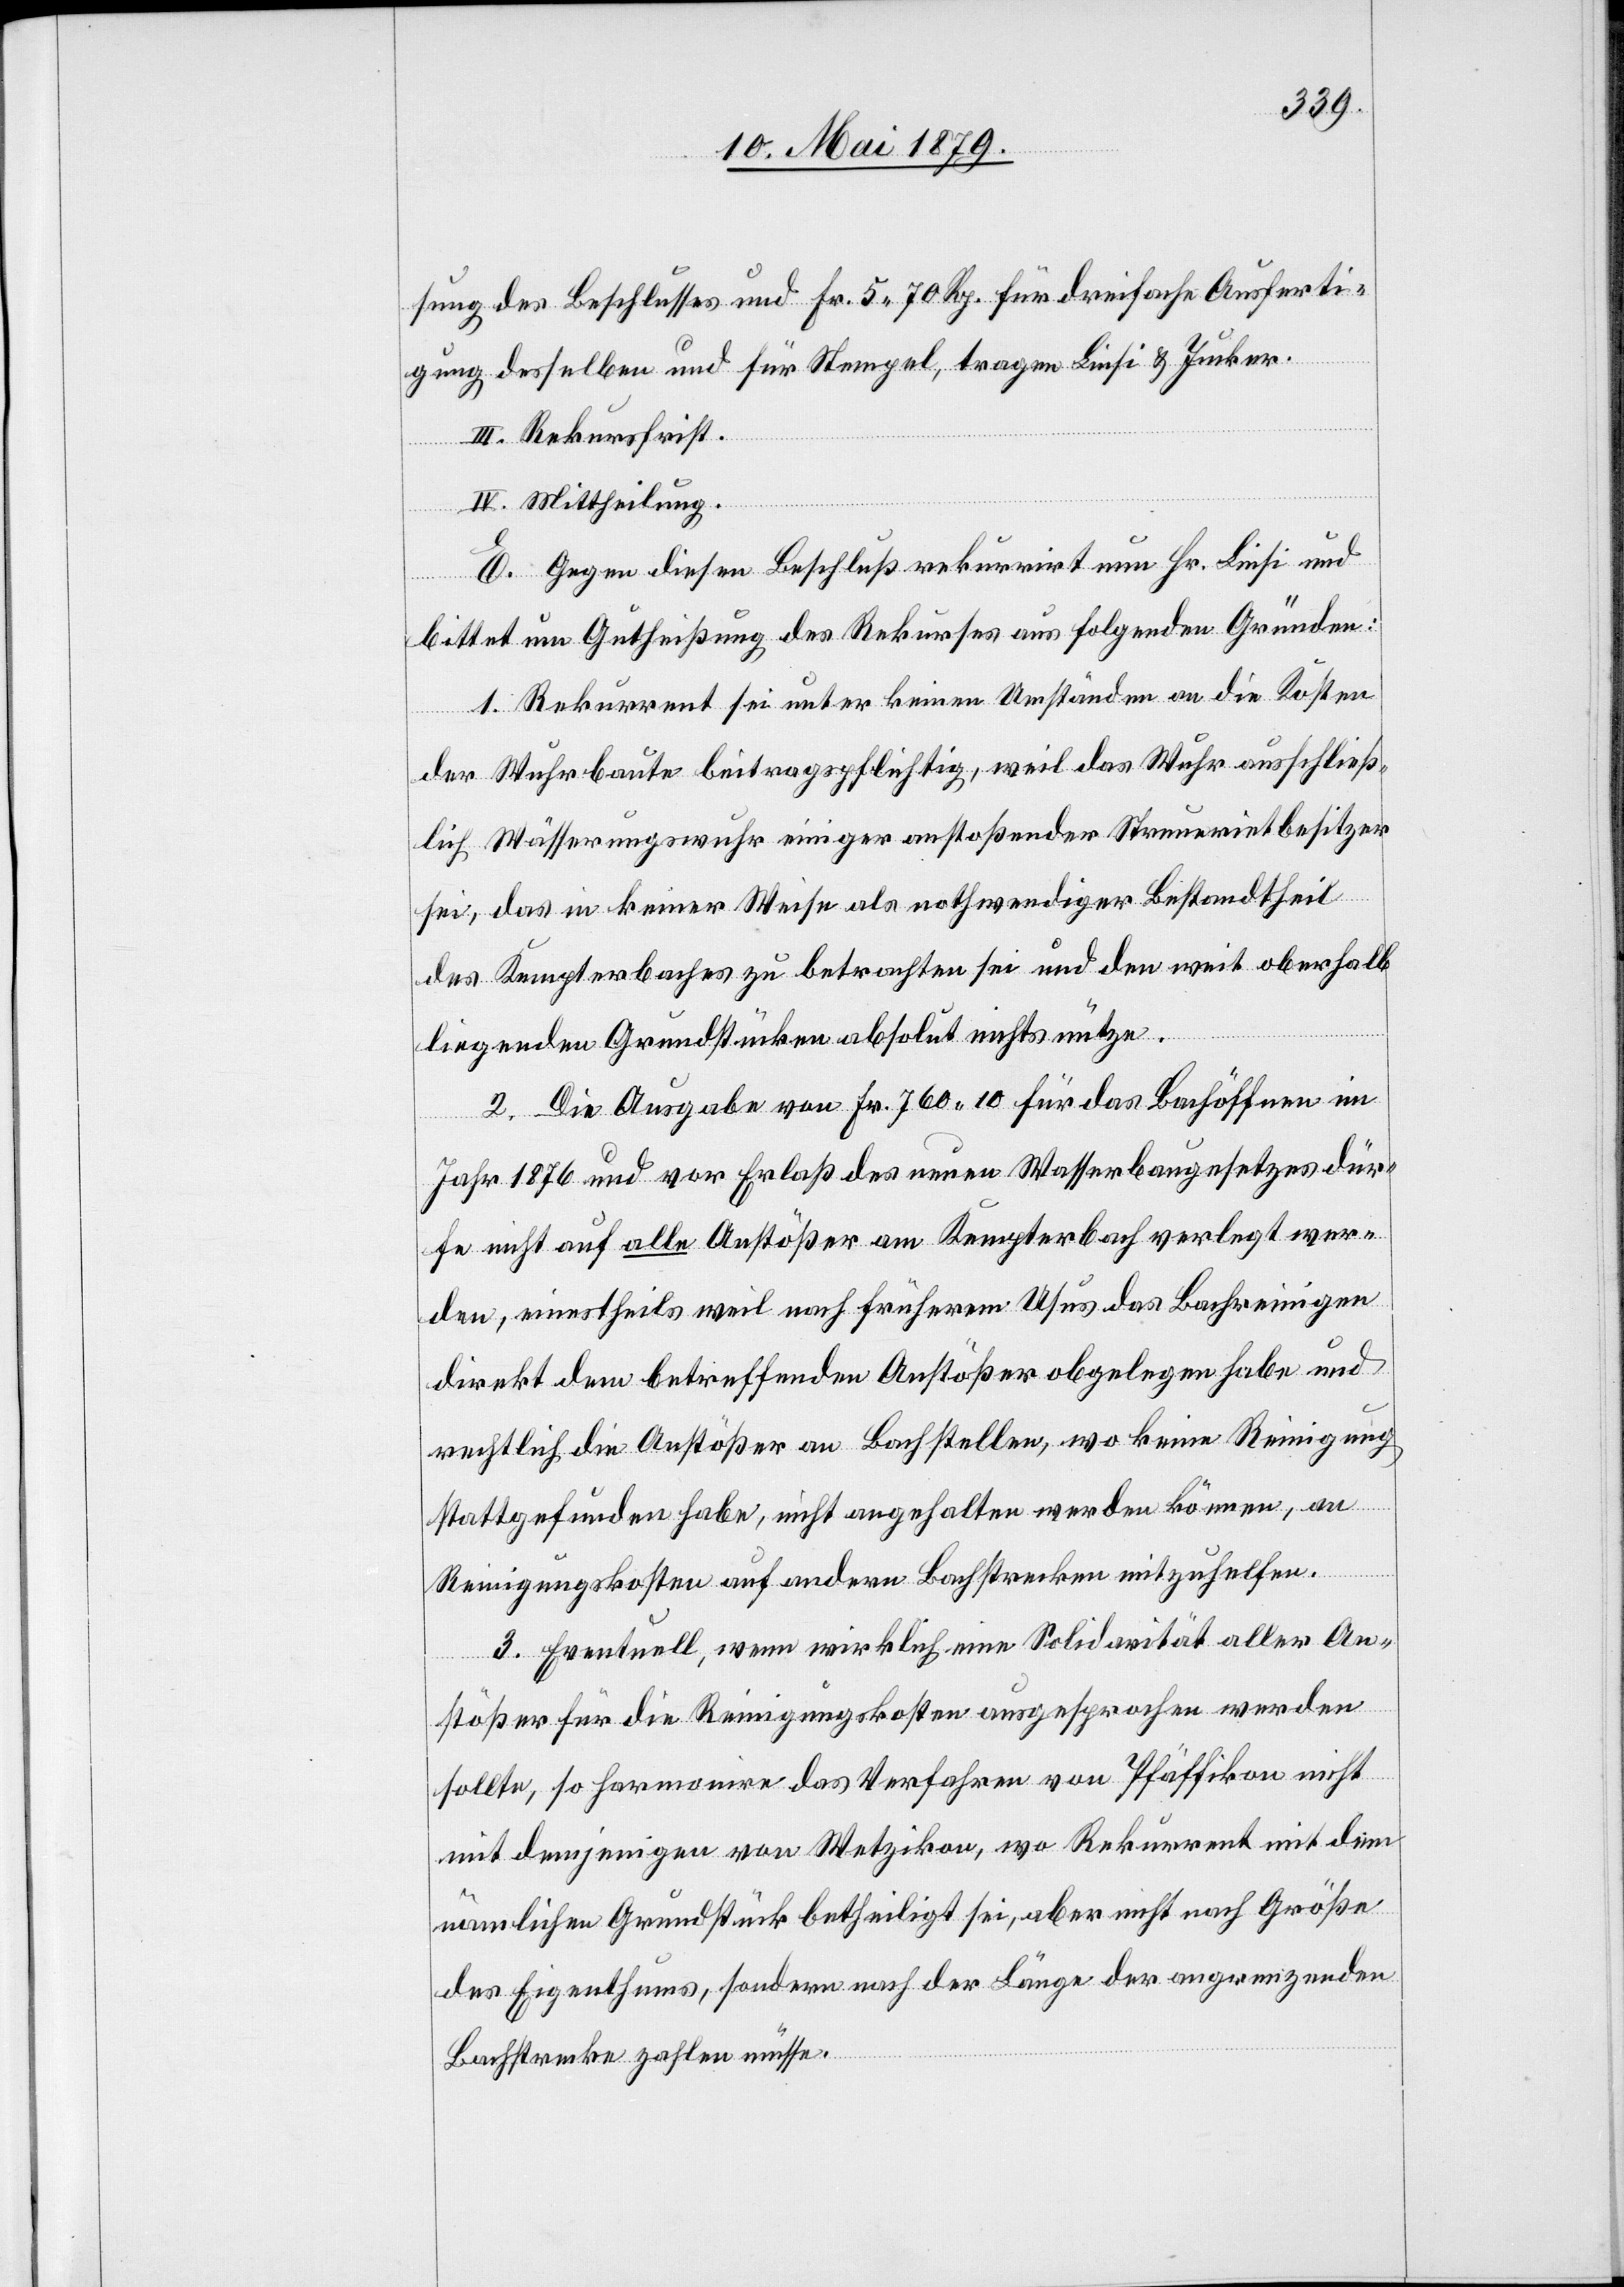
sung des Beschlusses und Fr. 5 70 Rp. für dreifache Ausferti¬
gung desselben und für Stempel, tragen Linsi & Jucker.
III. Rekursfrist.
IV. Mittheilung.
E. Gegen diesen Beschluß rekurrirt nun Hr. Linsi und
bittet um Gutheißung des Rekurses aus folgenden Gründen:
1. Rekurrent sei unter keinen Umständen an die Kosten
der Wuhrbaute beitragspflichtig, weil das Wuhr ausschließ¬
lich Wässerungswuhr einiger anstoßender Streuerietbesitzer
sei, das in keiner Weise als nothwendiger Bestandtheil
des Kempterbaches zu betrachten sei und den weit oberhalb
liegenden Grundstücken absolut nichts nütze.
2. Die Ausgabe von Fr. 760 10 für das Bachöffnen im
Jahr 1876 und vor Erlaß des neuen Wasserbaugesetzes dür¬
fe nicht auf alle Anstößer am Kempterbach verlegt wer¬
den, einestheils weil nach früherem Usus das Bachreinigen
direkt dem betreffenden Anstößer obgelegen habe und
rechtlich die Anstößer an Bachstellen, wo keine Reinigung
stattgefunden habe, nicht angehalten werden können, an
Reinigungskosten auf andern Bachstrecken mitzuhelfen.
3. Eventuell, wenn wirklich eine Solidarität aller An¬
stößer für die Reinigungskosten ausgesprochen werden
sollte, so harmonire das Verfahren von Pfäffikon nicht
mit demjenigen von Wetzikon, wo Rekurrent mit dem
nämlichen Grundstück betheiligt sei, aber nicht nach Größe
des Eigenthums, sondern nach der Länge der angrenzenden
Bachstrecke zahlen müsse.